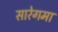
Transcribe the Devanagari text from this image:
सारेगमा